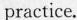
practice.